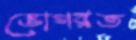
ভোগরত